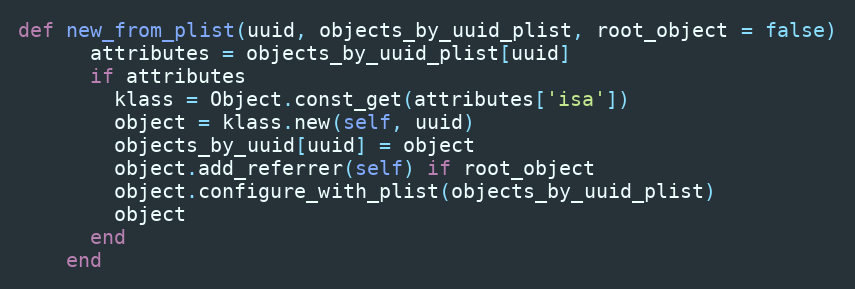
Language: Ruby
def new_from_plist(uuid, objects_by_uuid_plist, root_object = false)
      attributes = objects_by_uuid_plist[uuid]
      if attributes
        klass = Object.const_get(attributes['isa'])
        object = klass.new(self, uuid)
        objects_by_uuid[uuid] = object
        object.add_referrer(self) if root_object
        object.configure_with_plist(objects_by_uuid_plist)
        object
      end
    end